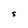
Character: 5